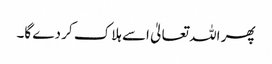
پھر اللہ تعالیٰ اسے ہلاک کر دے گا۔